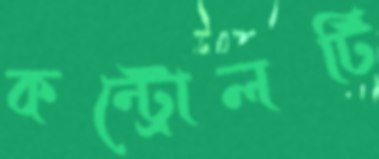
কন্ট্রোলটি